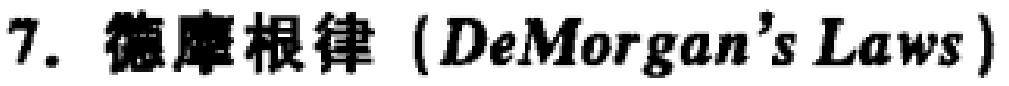
7. 德摩根律（DeMorgan's Laws）